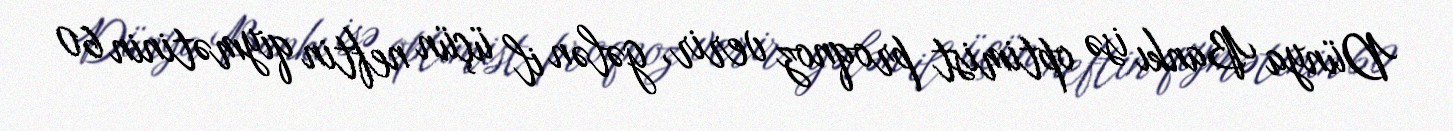
Dünya Bankı isə optimist proqnoz verir, gələn il üçün neftin qiymətinin 60